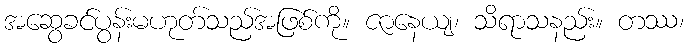
အဆွေခင်ပွန်းမဟုတ်သည်အဖြစ်ကို။ ဇာနေယျ၊ သိရာသနည်း။ တဿ၊